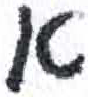
אות: א